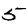
Digit: 5